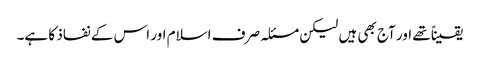
یقیناً تھے اور آج بھی ہیں لیکن مسئلہ صرف اسلام اور اس کے نفاذ کا ہے۔